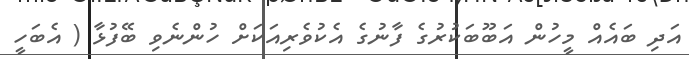
އަދި ބައެއް މީހުން އަބޫބަކުރުގެ ފާނުގެ އެކުވެރިއަކަށް ހުންނެވި ބޭފުޅާ ( އެބަހީ